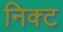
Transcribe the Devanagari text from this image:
निक्ट